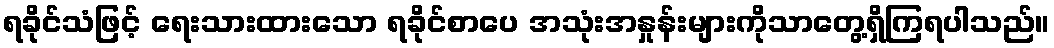
ရခိုင်သံဖြင့် ရေးသားထားသော ရခိုင်စာပေ အသုံးအနှုန်းများကိုသာတွေ့ရှိကြရပါသည်။